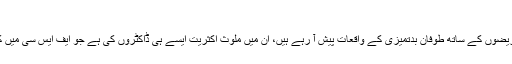
کنعان, ‏اگست 21, 2017
قابل افسوس امر یہ ہے کہ پاکستان میں جو آئے روز نوجوان ڈاکٹروں کی ہڑتالیں اور مریضوں کے ساتھ طوفان بدتمیزی کے واقعات پیش آ رہے ہیں، ان میں ملوث اکثریت ایسے ہی ڈاکٹروں کی ہے جو ایف ایس سی میں کم نمبر لینے کے باوجود انٹری ٹیسٹ کے ذریعے سرکاری میڈیکل کالجوں میں پہنچے۔